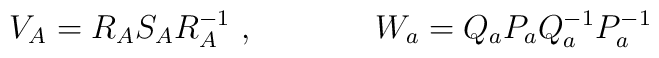
V_{A}=R_{A} S_{A}R_{A}^{-1}~,~~~~~~~~~~~W_a=Q_aP_aQ_a^{-1}P_a^{-1}